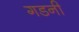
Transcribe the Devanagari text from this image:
गडनी